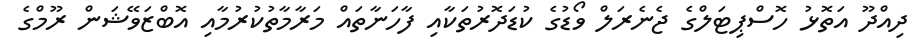
ދިއްދޫ އަތޮޅު ހޮސްޕިޓަލްގެ ޖެނެރަލް ވޯޑުގެ ކުޑަދޮރުތަކާއި ފާހަނާތައް މަރާމާތުކުރުމާއި އޮބްޒަވޭޝަން ރޫމްގެ